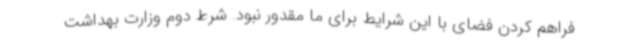
فراهم کردن فضای با این شرایط برای ما مقدور نبود. شرط دوم وزارت بهداشت